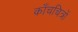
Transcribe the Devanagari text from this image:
काँचचित्रों